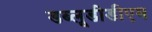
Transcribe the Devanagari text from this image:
डब्लूडीडीएम